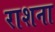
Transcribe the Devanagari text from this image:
राशना